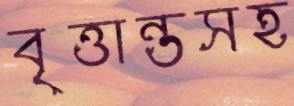
বৃত্তান্তসহ